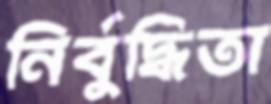
নির্বুদ্ধিতা